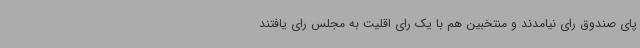
پای صندوق رای نیامدند و منتخبین هم با یک رای اقلیت به مجلس رای یافتند